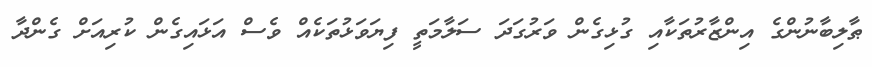
ޠާލިބާނުންގެ އިންޒާރުތަކާއި ގުޅިގެން ވަރުގަދަ ސަލާމަތީ ފިޔަވަޅުތަކެއް ވެސް އަޅައިގެން ކުރިއަށް ގެންދާ